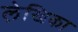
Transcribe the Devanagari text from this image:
ले़खिका